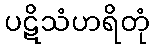
ပဋိသံဟရိတုံ